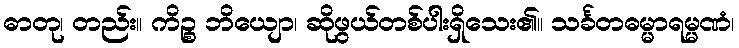
ဓာတု၊ တည်း။ ကိဉ္စ ဘိယျော၊ ဆိုဖွယ်တစ်ပါးရှိသေး၏။ သင်္ခတဓမ္မာရမ္မဏံ၊